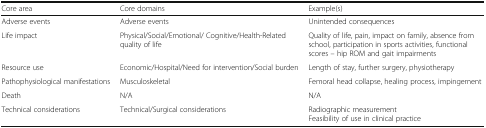
| Core area | Core domains | Example(s) |
 | --- | --- | --- |
 | Adverse events | Adverse events | Unintended consequences |
 | Life impact | Physical/Social/Emotional/ Cognitive/Health-Related quality of life | Quality of life, pain, impact on family, absence from school, participation in sports activities, functional scores – hip ROM and gait impairments |
 | Resource use | Economic/Hospital/Need for intervention/Social burden | Length of stay, further surgery, physiotherapy |
 | Pathophysiological manifestations | Musculoskeletal | Femoral head collapse, healing process, impingement |
 | Death | N/A | N/A |
 | Technical considerations | Technical/Surgical considerations | Radiographic measurementFeasibility of use in clinical practice |